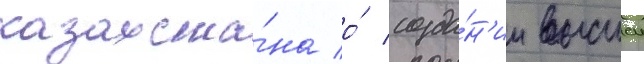
казахста́на о́ созда́н'ии высшеи